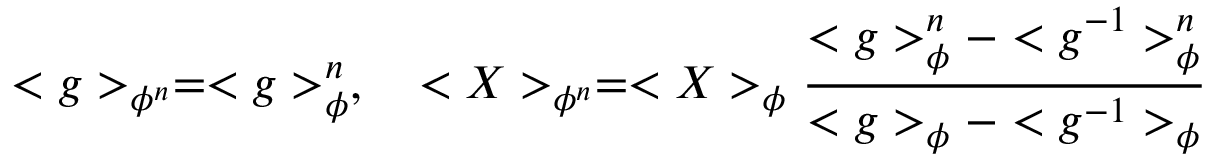
< g > _ { \phi ^ { n } } = < g > _ { \phi } ^ { n } , \quad < X > _ { \phi ^ { n } } = < X > _ { \phi } { \frac { < g > _ { \phi } ^ { n } - < g ^ { - 1 } > _ { \phi } ^ { n } } { < g > _ { \phi } - < g ^ { - 1 } > _ { \phi } } }